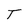
Character: T